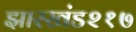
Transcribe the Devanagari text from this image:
झारखंड२१७